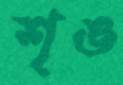
শৃঙ